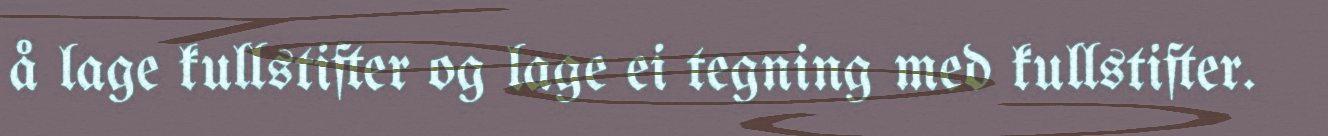
å lage kullstifter og lage ei tegning med kullstifter.